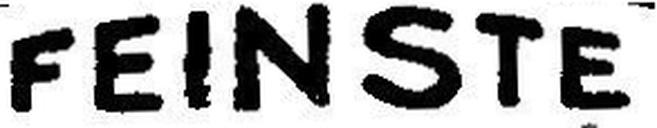
FEINSTE